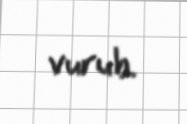
vurub.